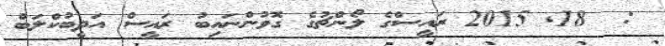
:  18